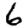
Digit: 6